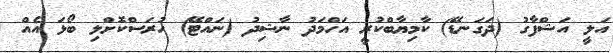
އަލީ އަޝްފާގު (ދަގަނޑޭ) ކާމިޔާބްކުރީ އަހްމަދު ނާޝިދު (ނައްޓޭ) ހުރަސްކޮށްލި ބޯޅަ އެއް